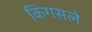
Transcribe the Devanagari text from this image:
किंगसले